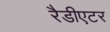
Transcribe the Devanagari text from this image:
रैडीएटर